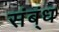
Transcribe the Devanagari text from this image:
संब्ंध